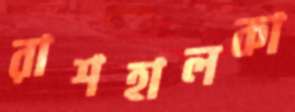
রাশহালকা